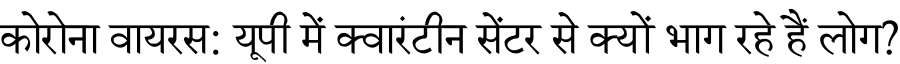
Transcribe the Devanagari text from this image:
कोरोना वायरस: यूपी में क्वारंटीन सेंटर से क्यों भाग रहे हैं लोग?